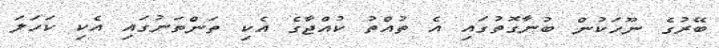
ބޭރުގެ ނޫހަކުން ބުނާގޮތުގައި އެ ތުއްތު ކުއްޖާގެ އެކި ތަންތަނުގައި އެކި ކަހަލަ